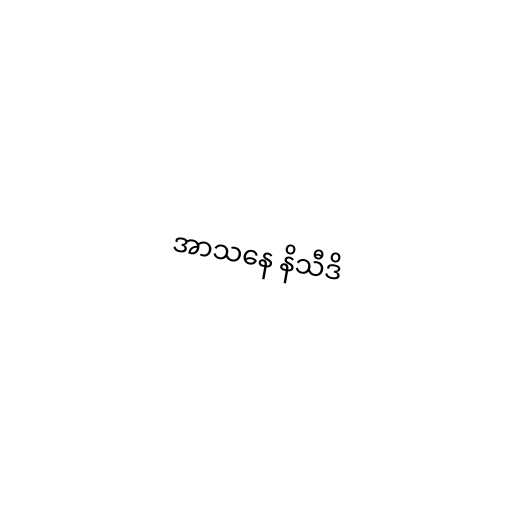
အာသနေ နိသီဒိ